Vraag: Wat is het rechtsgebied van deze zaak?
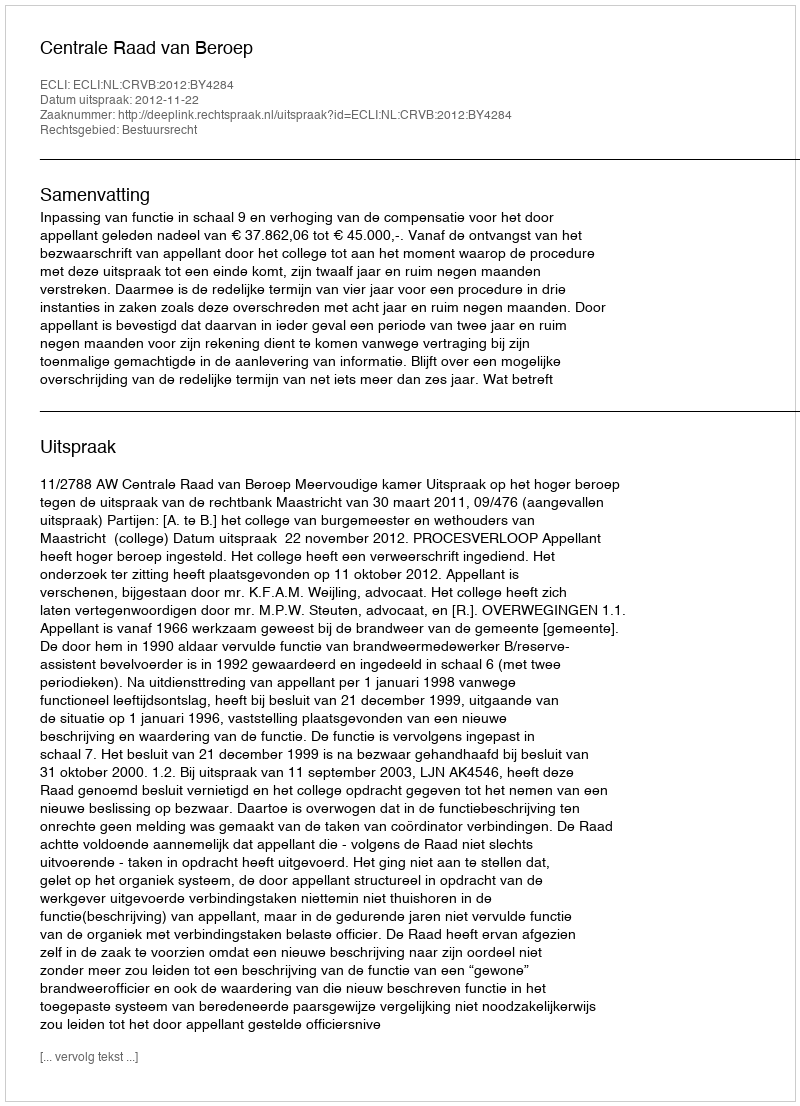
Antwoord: Bestuursrecht